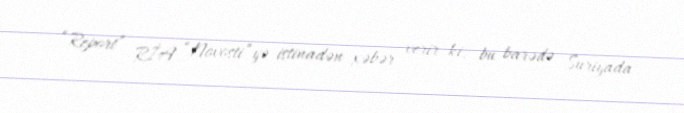
“Report” RİA “Novosti”yə istinadən xəbər verir ki, bu barədə Suriyada